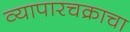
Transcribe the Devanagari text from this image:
व्यापारचक्राचा